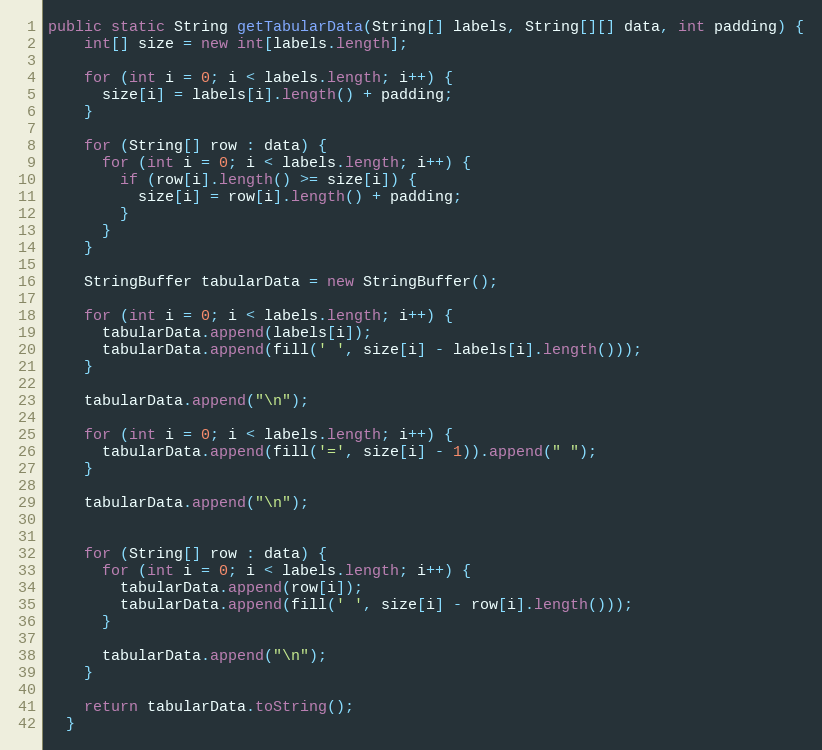
Language: Java
public static String getTabularData(String[] labels, String[][] data, int padding) {
    int[] size = new int[labels.length];

    for (int i = 0; i < labels.length; i++) {
      size[i] = labels[i].length() + padding;
    }

    for (String[] row : data) {
      for (int i = 0; i < labels.length; i++) {
        if (row[i].length() >= size[i]) {
          size[i] = row[i].length() + padding;
        }
      }
    }

    StringBuffer tabularData = new StringBuffer();

    for (int i = 0; i < labels.length; i++) {
      tabularData.append(labels[i]);
      tabularData.append(fill(' ', size[i] - labels[i].length()));
    }

    tabularData.append("\n");

    for (int i = 0; i < labels.length; i++) {
      tabularData.append(fill('=', size[i] - 1)).append(" ");
    }

    tabularData.append("\n");

    for (String[] row : data) {
      for (int i = 0; i < labels.length; i++) {
        tabularData.append(row[i]);
        tabularData.append(fill(' ', size[i] - row[i].length()));
      }

      tabularData.append("\n");
    }

    return tabularData.toString();
  }